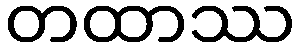
တထာဿ